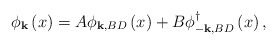
\begin{align*}\phi _{\mathbf{k}}\left( x\right) =A\phi _{\mathbf{k,}BD}\left( x\right)+B\phi _{-\mathbf{k,}BD}^{\dagger }\left( x\right) ,\end{align*}